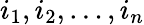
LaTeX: i_{1},i_{2},\dots,i_{n}